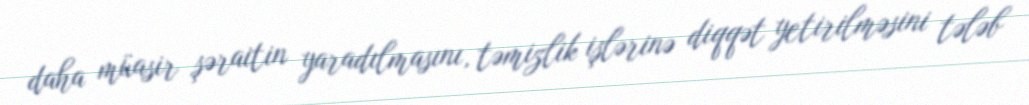
daha müasir şəraitin yaradılmasını, təmizlik işlərinə diqqət yetirilməsini tələb